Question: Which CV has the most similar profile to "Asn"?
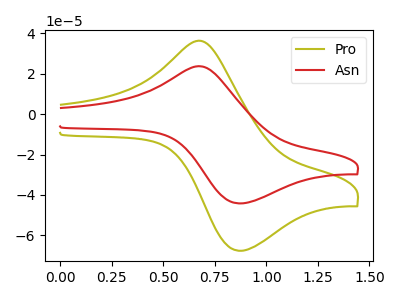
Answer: <think>The olive curve "Pro" has an anodic peak at (0.70V, 36.10uA) and a cathodic peak at (0.85V, -67.70uA). The red curve "Asn" has an anodic peak at (0.70V, 23.55uA) and a cathodic peak at (0.85V, -44.20uA).
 All the peaks in "Pro" have a peak in "Asn" at the same potential. Every peak in "Pro" is higher than every peak in "Asn".</think>
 <answer>The CV with the most similar shape to "Pro" is "Asn".</answer>
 <eval>"Asn"</eval>